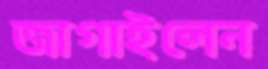
জাগাইলেন